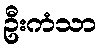
ဦးကံသာ